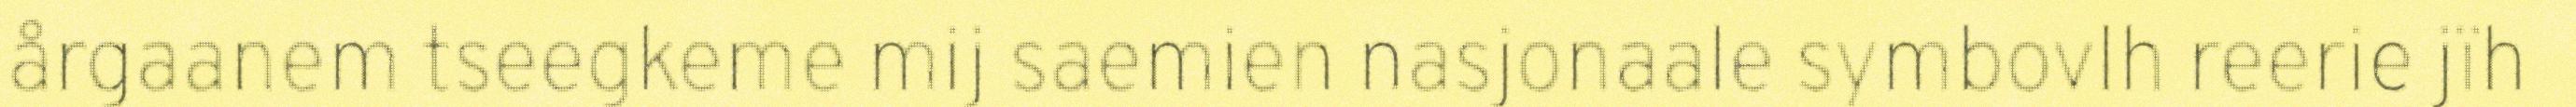
årgaanem tseegkeme mij saemien nasjonaale symbovlh reerie jïh